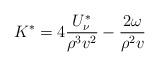
LaTeX: \begin{align*}K^{\ast}=4\frac{U_{\mathbf{\nu}}^{\ast}}{\rho^{3}v^{2}}-\frac{2\omega}{\rho^{2}v} \end{align*}